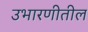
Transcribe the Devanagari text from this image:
उभारणीतील